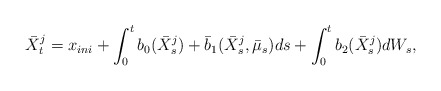
\begin{align*}\bar{X}^j_t = x_{ini} + \int_0^t b_0(\bar{X}^j_s) + \bar{b}_1(\bar{X}^j_s,\bar{\mu}_s)ds + \int_0^t b_2(\bar{X}^j_s)dW_s,\end{align*}